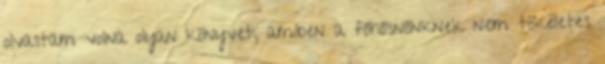
olvastam volna olyan könyvet, amiben a főhősnőnknek nem tökéletes